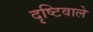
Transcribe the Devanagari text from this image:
दृष्टिवाले